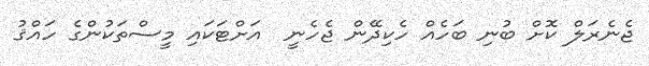
ޖެނެރަލް ކޮށް ބުނި ބަހެއް ހެކިދޭން ޖެހެނީ  އަށްޓަކައި މީސްތަކުންގެ ހައްޤު